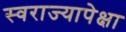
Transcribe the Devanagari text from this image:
स्वराज्यापेक्षा